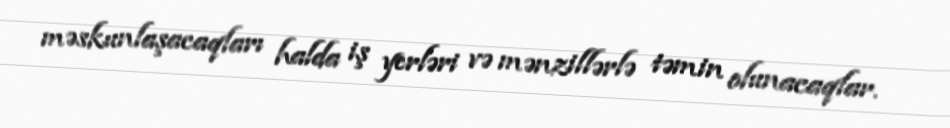
məskunlaşacaqları halda iş yerləri və mənzillərlə təmin olunacaqlar.